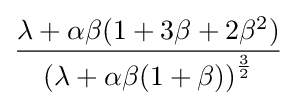
{\frac {\lambda +\alpha \beta (1+3\beta +2\beta ^{2})}{\left(\lambda +\alpha \beta (1+\beta )\right)^{\frac {3}{2}}}}